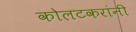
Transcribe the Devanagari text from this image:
कोलटकरांनी